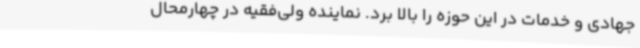
جهادی و خدمات در این حوزه را بالا برد. نماینده ولی‌فقیه در چهارمحال